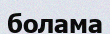
болама